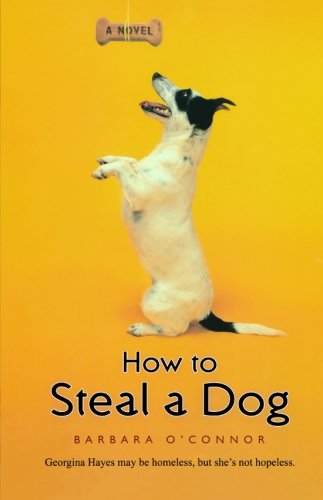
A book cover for How to Steal a Dog; Barbara O'Connor; Children's Books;